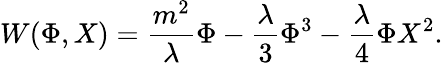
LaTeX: W(\Phi,X)=\frac{m^{2}}{\lambda}\Phi-\frac{\lambda}{3}\Phi^{3}-\frac{\lambda}{4}\Phi X^{2}.